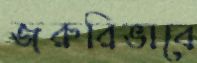
জরুরিভাবে